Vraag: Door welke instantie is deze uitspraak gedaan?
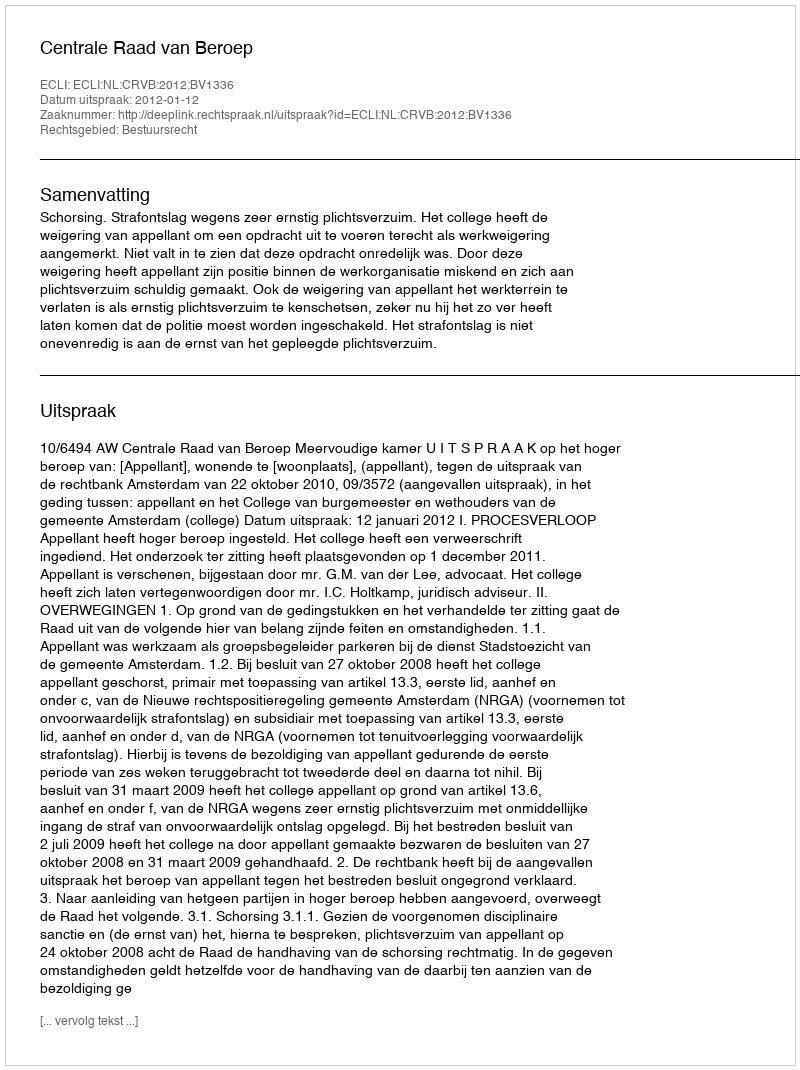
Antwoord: Centrale Raad van Beroep